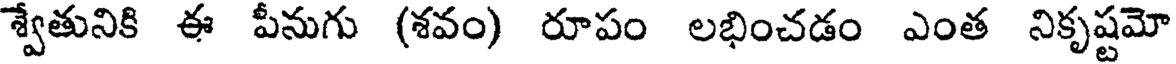
శ్వేతునికి ఈ పీనుగు (శవం) రూపం లభించడం ఎంత నికృష్టమో